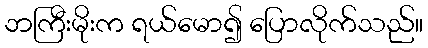
ဘကြီးမိုးက ရယ်မော၍ ပြောလိုက်သည်။